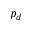
p _ { d }